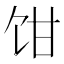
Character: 𩠁